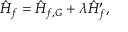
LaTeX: \hat { H } _ { f } = \hat { H } _ { f , G } + \lambda \hat { H } _ { f } ^ { \prime } ,